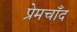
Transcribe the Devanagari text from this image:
प्रेमचाँद